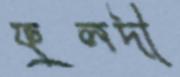
ফুলদী